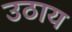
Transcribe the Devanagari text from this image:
उठाय